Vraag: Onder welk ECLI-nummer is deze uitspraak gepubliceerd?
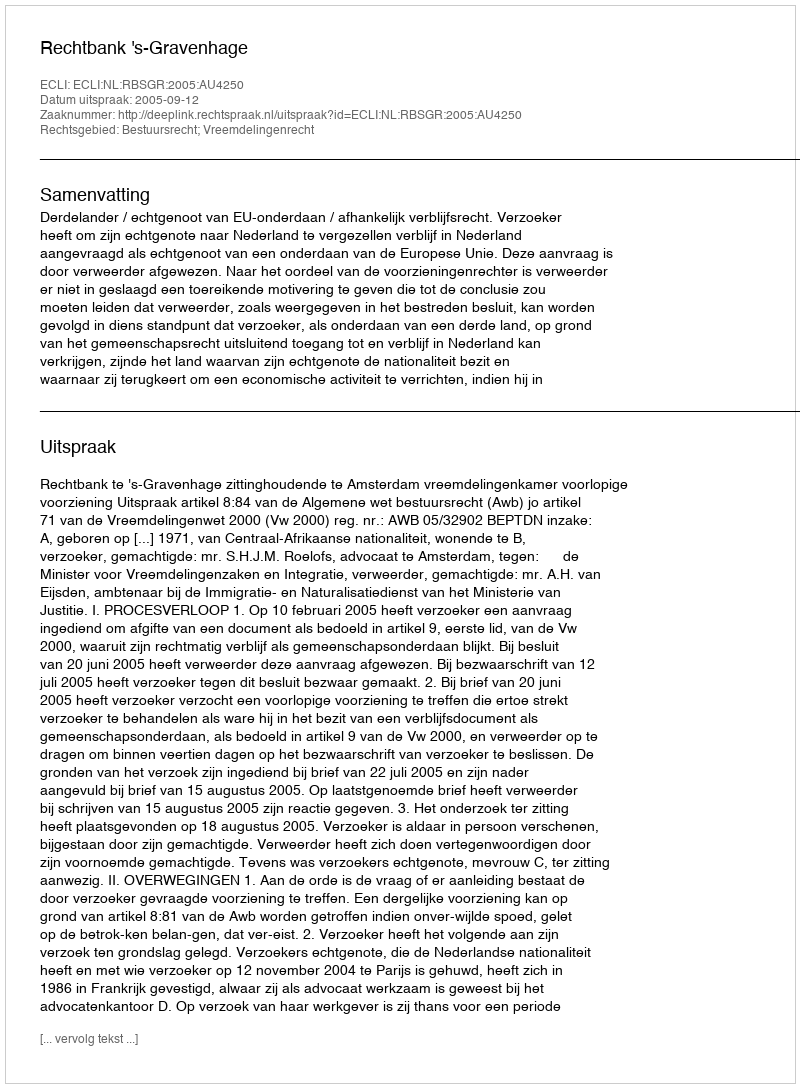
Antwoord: ECLI:NL:RBSGR:2005:AU4250